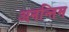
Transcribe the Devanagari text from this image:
अनन्तिम